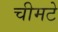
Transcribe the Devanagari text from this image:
चीमटे